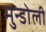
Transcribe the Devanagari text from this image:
मुन्डोली